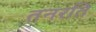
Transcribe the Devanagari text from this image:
तनरति